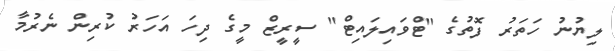
ލިޔުނު ހަތަރު ފޮތުގެ "ޓްވައިލައިޓް" ސީރީޒް މީގެ ދިހަ އަހަރު ކުރިން ނެރުމާ